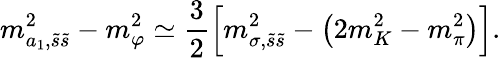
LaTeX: m_{a_{1},\tilde{s}\tilde{s}}^{2}-m_{\varphi}^{2}\simeq\frac 32\left[m_{\sigma,\tilde{s}\tilde{s}}^{2}-\left(2m_{K}^{2}-m_{\pi}^{2}\right)\right].